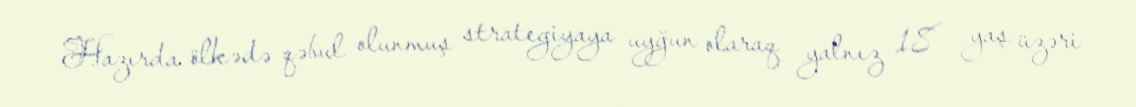
Hazırda ölkədə qəbul olunmuş strategiyaya uyğun olaraq yalnız 18 yaş üzəri